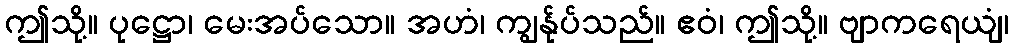
ဤသို့။ ပုဋ္ဌော၊ မေးအပ်သော။ အဟံ၊ ကျွန်ုပ်သည်။ ဧဝံ၊ ဤသို့။ ဗျာကရေယျံ၊